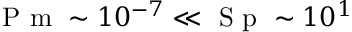
\mathrm { ~ P ~ m ~ } \sim 1 0 ^ { - 7 } \ll \mathrm { ~ S ~ p ~ } \sim 1 0 ^ { 1 }